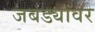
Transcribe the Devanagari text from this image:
जबड्यावर